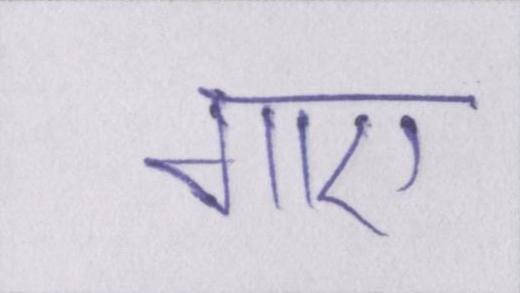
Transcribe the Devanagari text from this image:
गाए